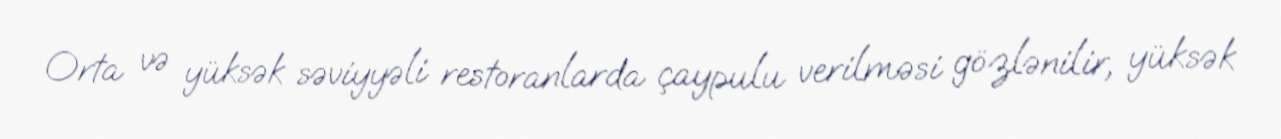
Orta və yüksək səviyyəli restoranlarda çaypulu verilməsi gözlənilir, yüksək